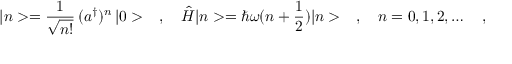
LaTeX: | n > = \frac { 1 } { \sqrt { n ! } } \, ( a ^ { \dagger } ) ^ { n } \, | 0 > \ \ \ , \ \ \ \hat { H } | n > = \hbar \omega ( n + \frac { 1 } { 2 } ) | n > \ \ \ , \ \ \ n = 0 , 1 , 2 , \dots \ \ \ ,